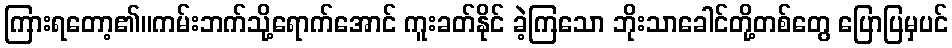
ကြားရတော့၏။ကမ်းဘက်သို့ရောက်အောင် ကူးခတ်နိုင် ခဲ့ကြသော ဘိုးသာခေါင်တို့တစ်တွေ ပြောပြမှပင်